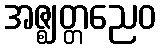
အဇ္ဈတ္တညေဝ